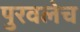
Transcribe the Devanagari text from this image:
पुरवलेच